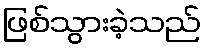
ဖြစ်သွားခဲ့သည်